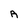
Character: A